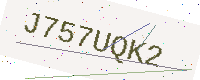
Text: J757UQK2